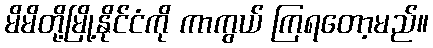
မိမိတို့မြို့နိုင်ငံကို ကာကွယ် ကြရတော့မည်။